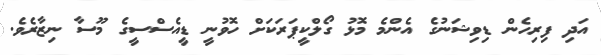
އަދި ފިރިހެން ޑިވިޝަނުގެ އެންމެ މޮޅު ގޯލްކީޕަރަކަށް ހޮވުނީ ޑީއެސްސީގެ މޫސާ ނިޒާރެވެ.